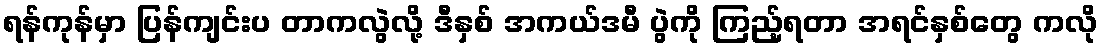
ရန်ကုန်မှာ ပြန်ကျင်းပ တာကလွဲလို့ ဒီနှစ် အကယ်ဒမီ ပွဲကို ကြည့်ရတာ အရင်နှစ်တွေ ကလို